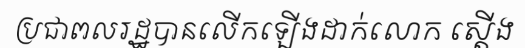
ប្រជាពលរដ្ឋបានលើកឡើងដាក់លោក ស្តើង